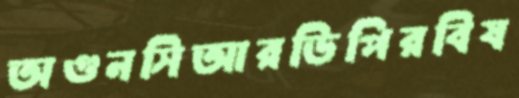
অগুনসিআরডিপিরবিষ